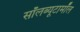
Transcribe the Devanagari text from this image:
सॉलब्यूटामॉल